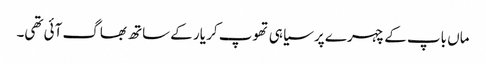
ماں باپ کے چہرے پر سیاہی تھوپ کر یار کے ساتھ بھاگ آئی تھی۔